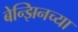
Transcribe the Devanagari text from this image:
बेन्झिनच्या